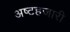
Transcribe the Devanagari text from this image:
अष्टहजारी